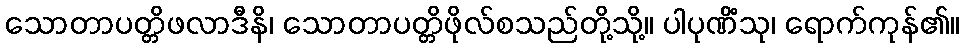
သောတာပတ္တိဖလာဒီနိ၊ သောတာပတ္တိဖိုလ်စသည်တို့သို့။ ပါပုဏိံသု၊ ရောက်ကုန်၏။